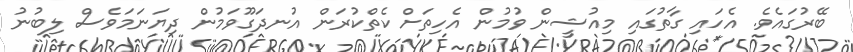
ބޭރުގައެވެ. އެހައި ގާތުގައި މިއުޝީން ވުމުން އެހިތަށް ކެތްކުރަން އުނދަގޫވަމުން ދިޔަނަމަވެސް ލިބުނު